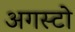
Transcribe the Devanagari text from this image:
अगस्टो